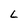
Character: L